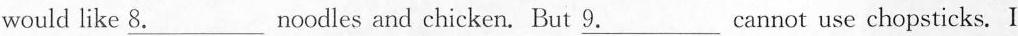
would like \underline{8.} Noodles and chicken. But \underline{9.} Cannot use chopsticks. I